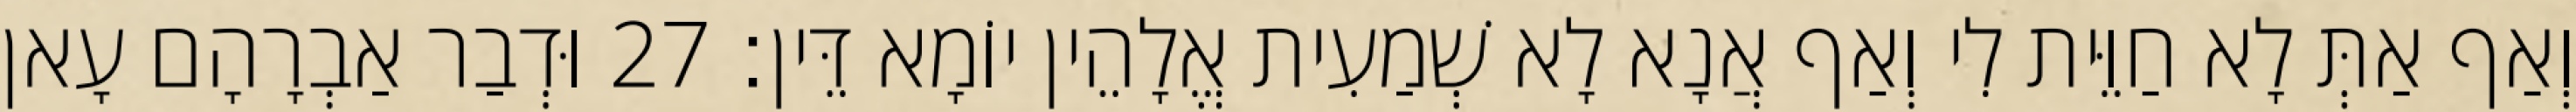
וְאַף אַתְּ לָא חַוֵּית לִי וְאַף אֲנָא לָא שְׁמַעִית אֱלָהֵין יוֹמָא דֵּין׃ 27 וּדְבַר אַבְרָהָם עָאן